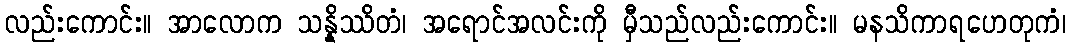
လည်းကောင်း။ အာလောက သန္နိဿိတံ၊ အရောင်အလင်းကို မှီသည်လည်းကောင်း။ မနသိကာရဟေတုကံ၊